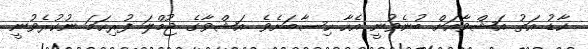
ކާޑު އަތު އަޝްވާއަށް ބުނެވުނީ އެހާ ހިސާބަށެވެ. އަޝްވާގެ ޖުމްލަ ފުރިހަމަ ނުކުރެވުނީ